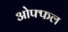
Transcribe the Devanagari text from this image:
ओफ्फल